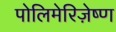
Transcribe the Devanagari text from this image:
पोलिमेरिज़ेष्ण